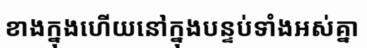
ខាងក្នុងហើយនៅក្នុងបន្ទប់ទាំងអស់គ្នា